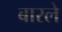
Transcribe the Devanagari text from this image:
बारले